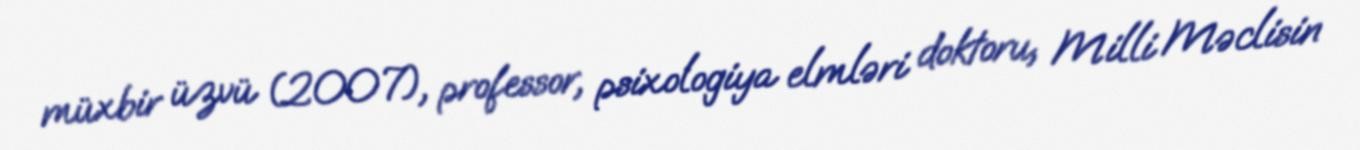
müxbir üzvü (2007), professor, psixologiya elmləri doktoru, Milli Məclisin